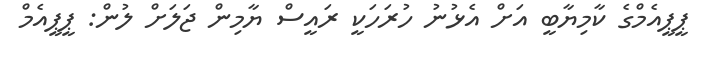
ޕީޕީއެމްގެ ކާމިޔާބީ އަށް އެޅުނު ހުރަހަކީ ރައީސް ޔާމިން ޖަލަށް ލުން: ޕީޕީއެމް